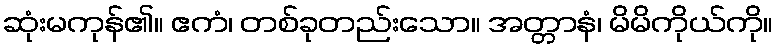
ဆုံးမကုန်၏။ ဧကံ၊ တစ်ခုတည်းသော။ အတ္တာနံ၊ မိမိကိုယ်ကို။